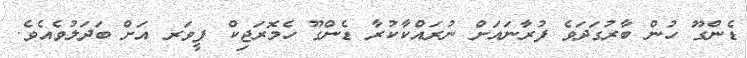
ޑެންގޫ ހުން ބާރުގަދަވެ ފުރާނައަށް ނުރައްކާކުރާ ޑެންގޫ ހެމޮރަޖިކް ފީވަރ އަށް ބަދަލުވެއެވެ.